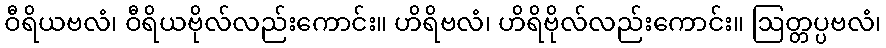
ဝီရိယဗလံ၊ ဝီရိယဗိုလ်လည်းကောင်း။ ဟိရိဗလံ၊ ဟိရိဗိုလ်လည်းကောင်း။ ဩတ္တပ္ပဗလံ၊